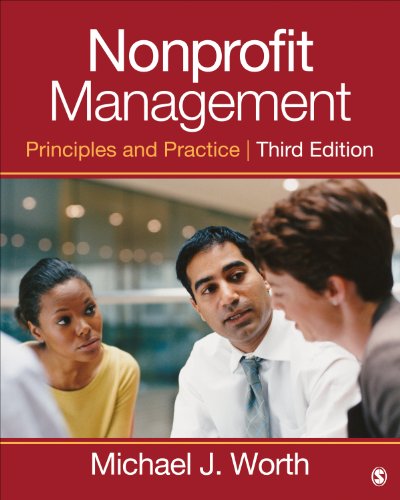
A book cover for Nonprofit Management: Principles and Practice; Michael J. Worth; Business & Money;